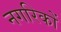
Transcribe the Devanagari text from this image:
नगरिकों